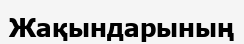
Жақындарының